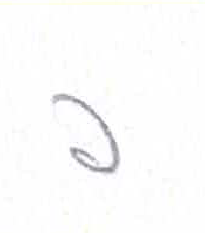
אות: פ